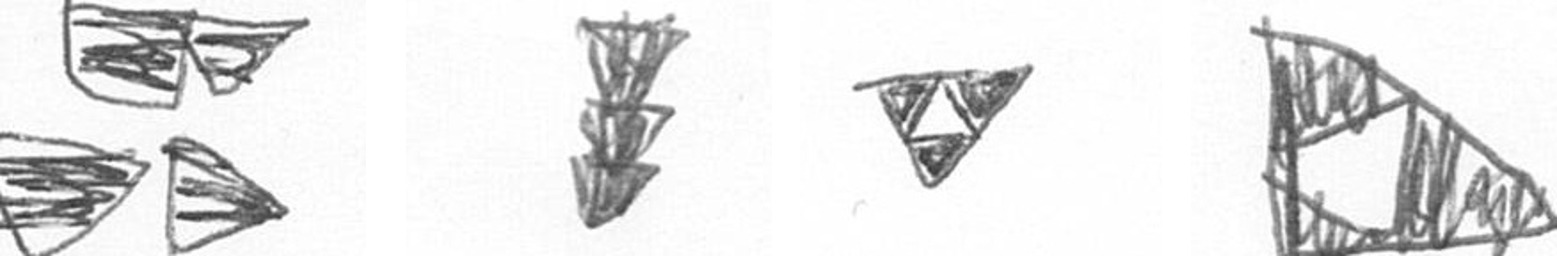
B E S K